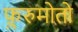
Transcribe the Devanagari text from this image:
फ़ुरुमोतो